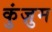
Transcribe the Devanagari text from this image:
कुंज़ुम